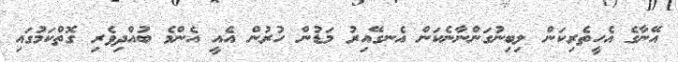
އޭނާގެ އެހީތެރިކަން ލިބިނުގަންނާނެކަން އެނގޭއިރު މަޑުން ހުރުން އެއީ އެންމެ ބުއްދިވެރި ގޮތްކަމުގައި